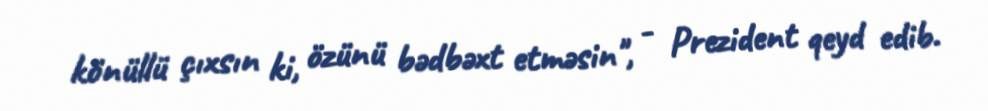
könüllü çıxsın ki, özünü bədbəxt etməsin", - Prezident qeyd edib.